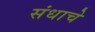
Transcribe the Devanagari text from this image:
संधाचे